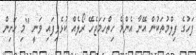
ފަހުގެ ފިލްމުތަކުން އޭނާ އެންމެ ހިތްހަމަޖެހޭ ރޯލެއް ކުޅެވިފައި ވަނީ "މި ހަށިން